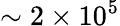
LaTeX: \sim 2\times 10^{5}